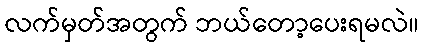
လက်မှတ်အတွက် ဘယ်တော့ပေးရမလဲ။